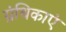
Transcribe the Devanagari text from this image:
ग्रंथिकाएं